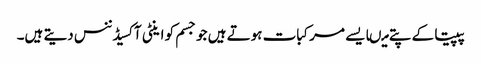
پپیتا کے پتے میںایسے مرکبات ہوتے ہیں جو جسم کو اینٹی آکسیڈننس دیتے ہیں۔